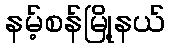
နမ့်စန်မြို့နယ်